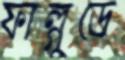
ফাল্গুডে